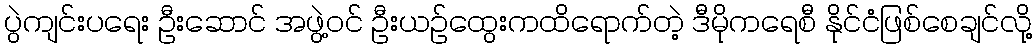
ပွဲကျင်းပရေး ဦးဆောင် အဖွဲ့ဝင် ဦးယဉ်ထွေးကထိရောက်တဲ့ ဒီမိုကရေစီ နိုင်ငံဖြစ်စေချင်လို့